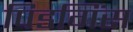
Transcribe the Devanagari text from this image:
पिडगिंस